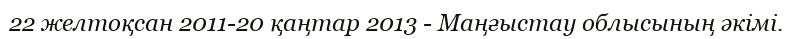
22 желтоқсан 2011-20 қаңтар 2013 - Маңғыстау облысының әкімі.